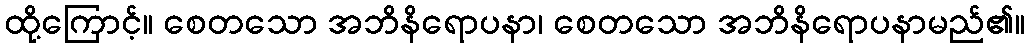
ထို့ကြောင့်။ စေတသော အဘိနိရောပနာ၊ စေတသော အဘိနိရောပနာမည်၏။